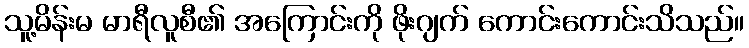
သူ့မိန်းမ မာရီလူစီ၏ အကြောင်းကို ဖိုးဂျက် ကောင်းကောင်းသိသည်။